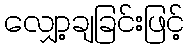
လျှော့ချခြင်းဖြင့်